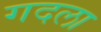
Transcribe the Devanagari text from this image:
गदला